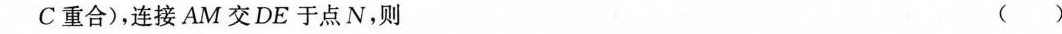
C重合)，连接AM交DE于点N，则 ( )